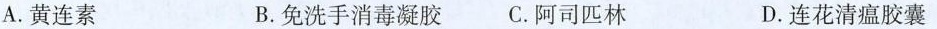
A.黄连素 B.免洗手消毒凝胶C.阿司匹林 D.连花清瘟胶囊